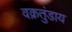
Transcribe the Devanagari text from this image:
वक्रतुंडाय